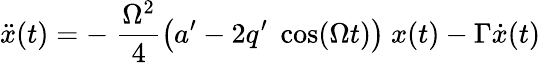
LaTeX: \ddot{x}(t)=-\; \frac{\Omega^{2}}{4}\big(a^{\prime}-2q^{\prime}\; \cos(\Omega t)\big)\ x(t)-\Gamma\dot{x}(t)